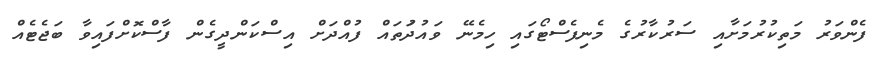
ފެންވަރު މަތިކުރުމަށާއި ސަރުކާރުގެ މެނިފެސްޓޯގައި ހިމެނޭ ވައުދުަތައް ފުއްދަށް އިސްކަންދީގެން ފާސްކޮށްފައިވާ ބަޖެޓެއް